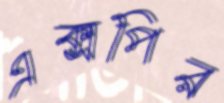
এক্সপির